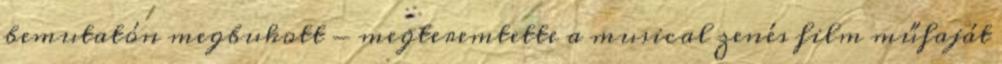
bemutatón megbukott - megteremtette a musical zenés film műfaját